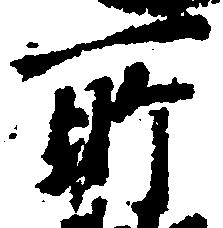
所